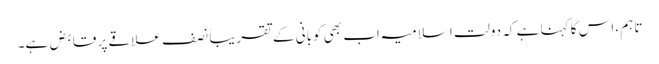
تاہم، اس کا کہنا ہے کہ دولت اسلامیہ اب بھی کوبانی کے تقریباً نصف علاقے پر قابض ہے۔